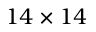
1 4 \times 1 4